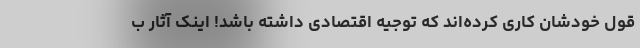
قول خودشان کاری کرده‌اند که توجیه اقتصادی داشته باشد! اینک آثار ب